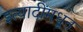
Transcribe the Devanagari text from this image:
इत्यादींमधून